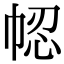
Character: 𢂻